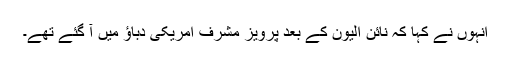
انہوں نے کہا کہ نائن الیون کے بعد پرویز مشرف امریکی دباؤ میں آ گئے تھے۔